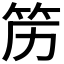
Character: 𱷰